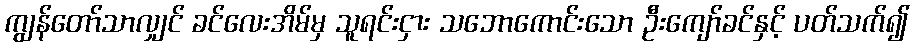
ကျွန်တော်သာလျှင် ခင်လေးအိမ်မှ သူရင်းငှား သဘောကောင်းသော ဦးကျော်ခင်နှင့် ပတ်သက်၍